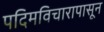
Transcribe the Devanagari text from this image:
पदिमविचारापासून